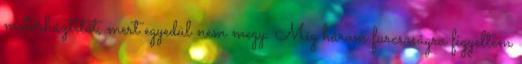
motorháztetőt, mert egyedül nem megy. Még három furcsaságra figyeltem